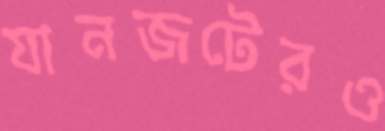
যানজটেরও